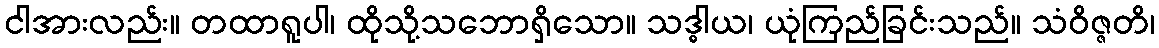
ငါအားလည်း။ တထာရူပါ၊ ထိုသို့သဘောရှိသော။ သဒ္ဓါယ၊ ယုံကြည်ခြင်းသည်။ သံဝိဇ္ဇတိ၊